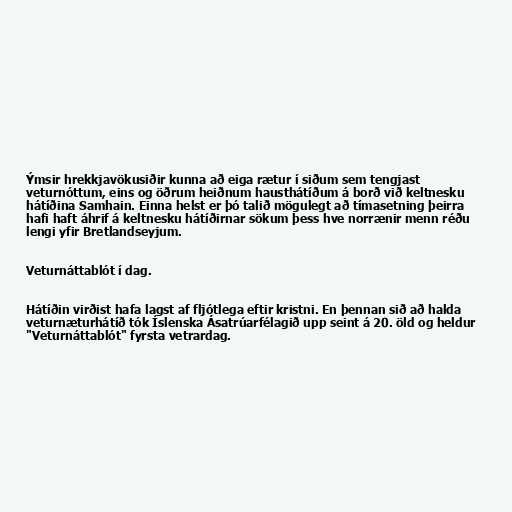
Ýmsir hrekkjavökusiðir kunna að eiga rætur í siðum sem tengjast
veturnóttum, eins og öðrum heiðnum hausthátíðum á borð við keltnesku
hátíðina Samhain. Einna helst er þó talið mögulegt að tímasetning þeirra
hafi haft áhrif á keltnesku hátíðirnar sökum þess hve norrænir menn réðu
lengi yfir Bretlandseyjum.

Veturnáttablót í dag.

Hátíðin virðist hafa lagst af fljótlega eftir kristni. En þennan sið að halda
veturnæturhátíð tók Íslenska Ásatrúarfélagið upp seint á 20. öld og heldur
"Veturnáttablót" fyrsta vetrardag.